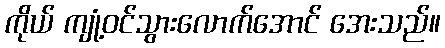
ကိုယ် ကျုံ့ဝင်သွားလောက်အောင် အေးသည်။